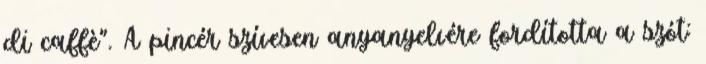
di caffè". A pincér szívesen anyanyelvére fordította a szót: